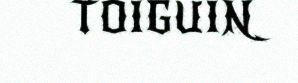
TOIGUIN